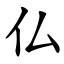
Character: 仏